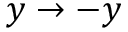
y \rightarrow - y